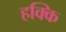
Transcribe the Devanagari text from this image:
हक्कि